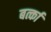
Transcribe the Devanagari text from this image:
बर्त्का